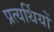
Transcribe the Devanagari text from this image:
प्रत्यर्थियों